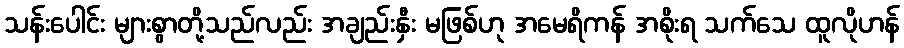
သန်းပေါင်း များစွာတို့သည်လည်း အချည်းနှီး မဖြစ်ဟု အမေရိကန် အစိုးရ သက်သေ ထူလိုဟန်